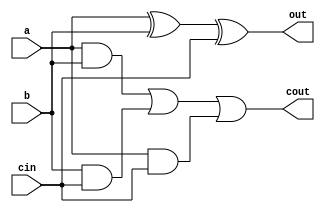
module full_add_gate(input a,   //1st input
					input b,   //2nd input
					input cin, // carry in
					output reg out,  //output
					output reg cout);  //carry out
					
	always @(a,b,cin)
	begin
		out <= a^b^cin;   //out = a xor b xor cin
		cout <= (a&b) | (b&cin) | (a&cin);  //cout = ab+bc+ac
	end
endmodule